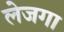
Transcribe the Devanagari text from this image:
लेजगा